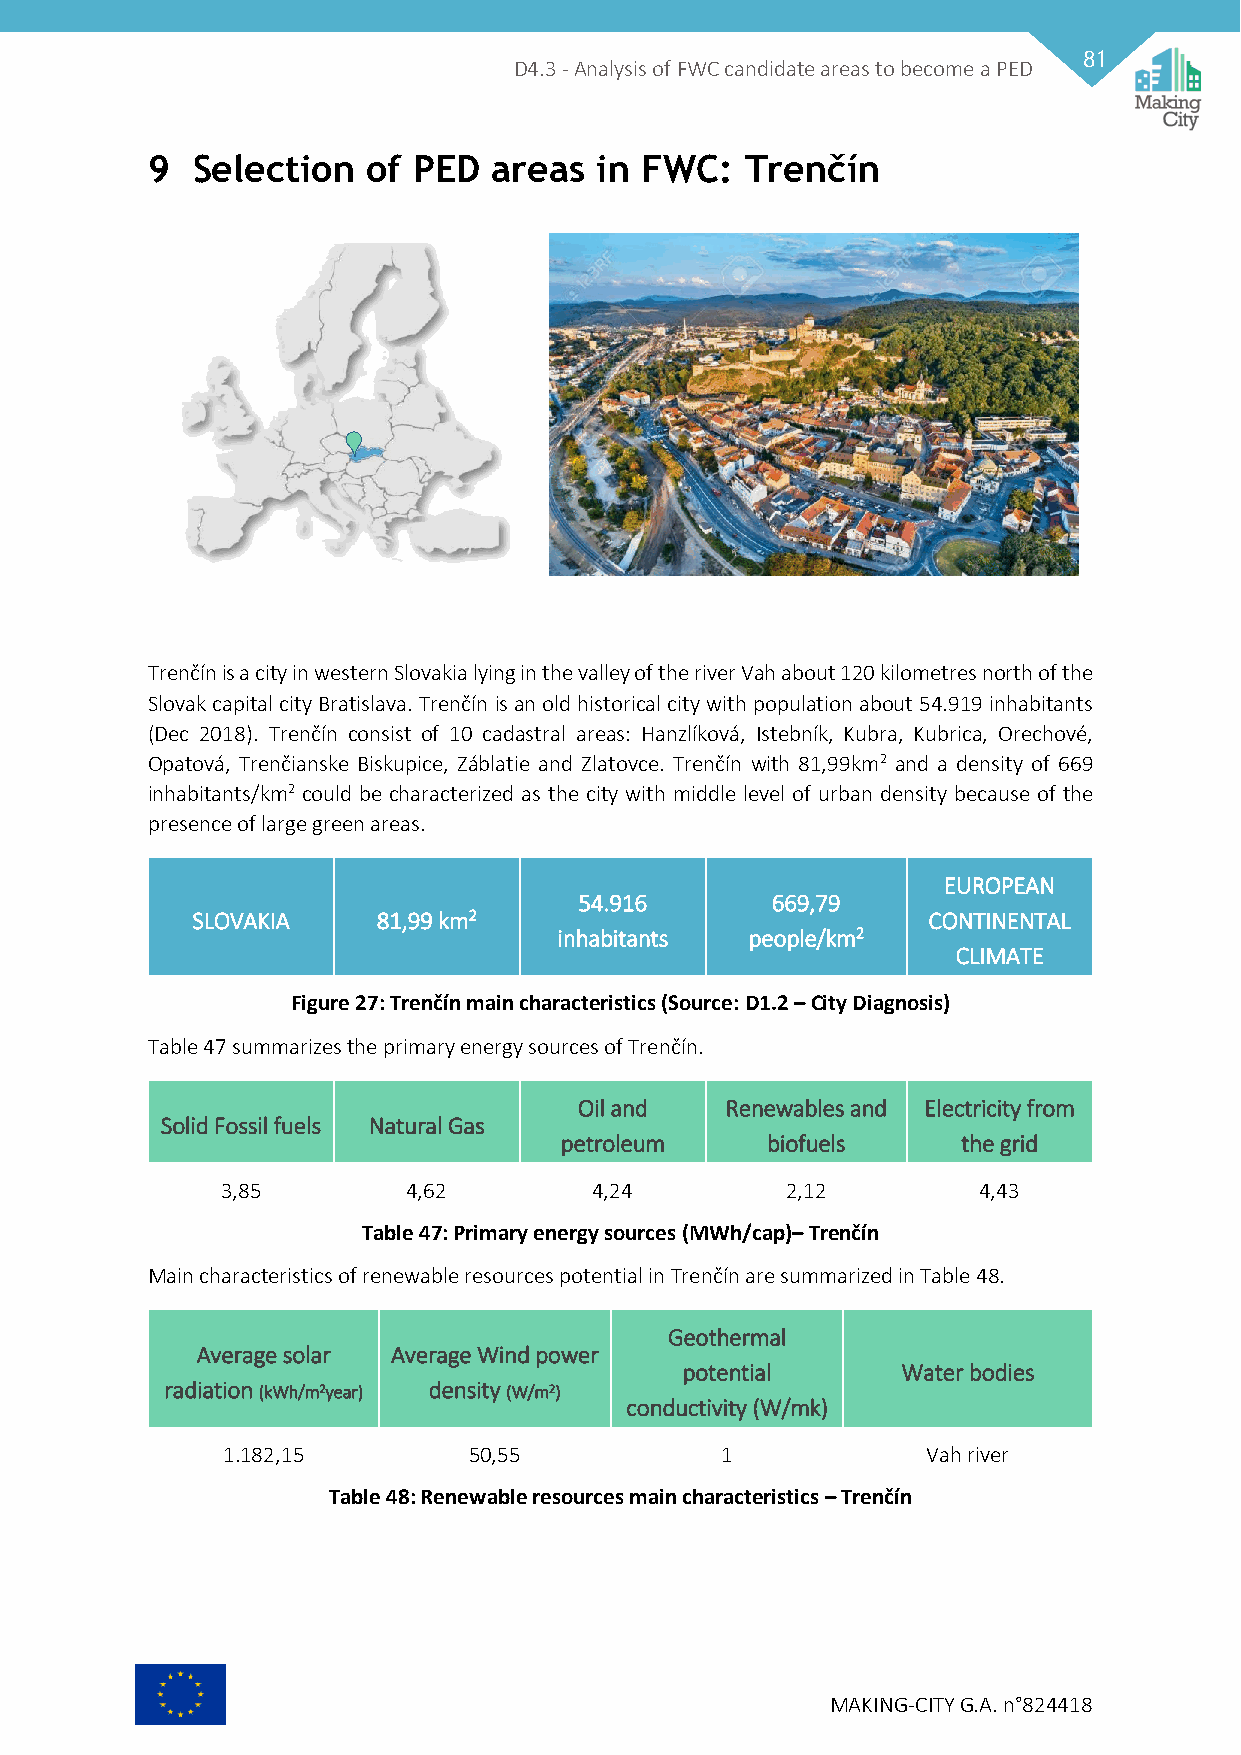
81
 D4.3 - Analysis of FWC candidate areas to become a PED
 9  Selection  of PED   areas in FWC:   Trenčín
 Trenčín is a city in western Slovakia lying in the valley of the river Vah about 120 kilometres north of the
 Slovak capital city Bratislava. Trenčín is an old historical city with population about 54.919 inhabitants
 (Dec 2018). Trenčín consist of 10 cadastral areas: Hanzlíková, Istebník, Kubra, Kubrica, Orechové,
 Opatová, Trenčianske Biskupice, Záblatie and Zlatovce. Trenčín with 81,99km2 and a density of 669
 inhabitants/km2 could be characterized as the city with middle level of urban density because of the
 presence of large green areas.
 EUROPEAN
 54.916       669,79
 SLOVAKIA    81,99 km2                           CONTINENTAL
 inhabitants  people/km2
 CLIMATE
 Figure 27: Trenčín main characteristics (Source: D1.2 – City Diagnosis)
 Table 47 summarizes the primary energy sources of Trenčín.
 Oil and   Renewables and Electricity from
 Solid Fossil fuels Natural Gas
 petroleum     biofuels     the grid
 3,85        4,62        4,24         2,12         4,43
 Table 47: Primary energy sources (MWh/cap)– Trenčín
 Main characteristics of renewable resources potential in Trenčín are summarized in Table 48.
 Geothermal
 Average solar Average Wind power
 potential      Water bodies
 radiation (kWh/m2year) density (W/m2)
 conductivity (W/mk)
 1.182,15        50,55            1            Vah river
 Table 48: Renewable resources main characteristics – Trenčín
 MAKING-CITY G.A. n°824418